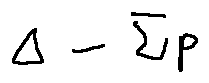
\Delta - \sum p